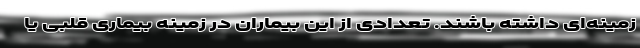
زمینه‌ای داشته باشند. تعدادی از این بیماران در زمینه بیماری قلبی یا